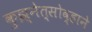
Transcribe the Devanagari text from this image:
कुझ्नेत्सोव्हाने